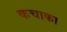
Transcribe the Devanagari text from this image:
कचाका